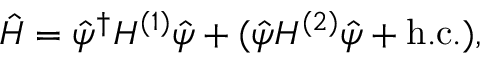
\hat { H } = \hat { \psi } ^ { \dagger } H ^ { ( 1 ) } \hat { \psi } + ( \hat { \psi } H ^ { ( 2 ) } \hat { \psi } + \mathrm { h . c . } ) ,